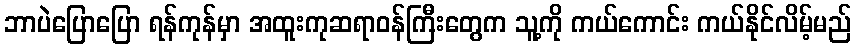
ဘာပဲပြောပြော ရန်ကုန်မှာ အထူးကုဆရာဝန်ကြီးတွေက သူ့ကို ကယ်ကောင်း ကယ်နိုင်လိမ့်မည်